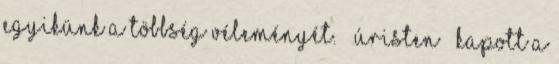
egyikünk a többség véleményét. – Úristen – kapott a